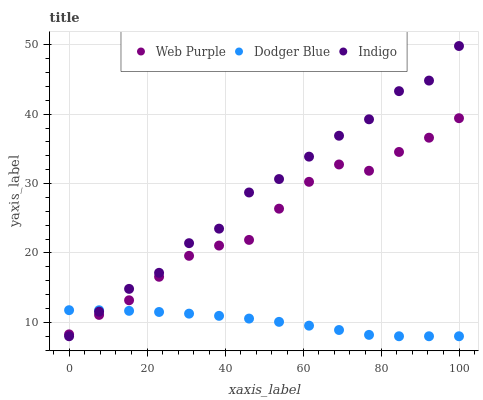
| xaxis_label | Web Purple | Dodger Blue | Indigo |
 | --- | --- | --- | --- |
 | 0 | 8.27 | 11.8 | 8 |
 | 7.69 | 11.1 | 11.7 | 11.5 |
 | 15.4 | 13.2 | 11.7 | 14.8 |
 | 23.1 | 16.6 | 11.5 | 17.1 |
 | 30.8 | 19.6 | 11.3 | 21.4 |
 | 38.5 | 21.1 | 10.9 | 23.5 |
 | 46.2 | 21.9 | 10.5 | 28.7 |
 | 53.8 | 26.4 | 10.1 | 30.7 |
 | 61.5 | 30.3 | 9.53 | 33.9 |
 | 69.2 | 32.8 | 8.9 | 36.9 |
 | 76.9 | 31.8 | 8.2 | 39.3 |
 | 84.6 | 34.6 | 8 | 43.3 |
 | 92.3 | 36.6 | 8 | 44.8 |
 | 100 | 39.4 | 8 | 49.8 |